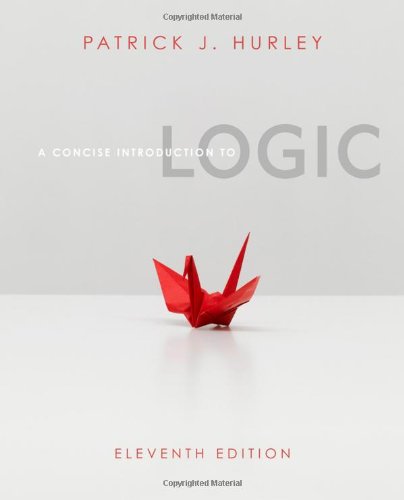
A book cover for A Concise Introduction to Logic (with Stand Alone Rules and Argument Forms Card) (Available Titles Aplia); Patrick J. Hurley; Politics & Social Sciences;